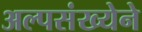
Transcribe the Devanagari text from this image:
अल्पसंख्येने